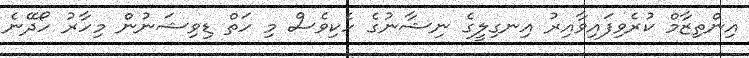
އިންތިޒާމް ކުރެވިފައިވާއިރު އިނގިލީގެ ނިޝާނުގެ ހެކިވެސް މި ހަތް ޑިވިޝަނުން މިހާރު ހޯދޭނެ